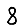
Digit: 8